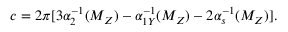
c = 2 \pi [ 3 \alpha _ { 2 } ^ { - 1 } ( M _ { Z } ) - \alpha _ { 1 Y } ^ { - 1 } ( M _ { Z } ) - 2 \alpha _ { s } ^ { - 1 } ( M _ { Z } ) ] .